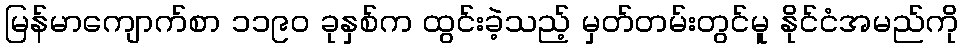
မြန်မာကျောက်စာ ၁၁၉၀ ခုနှစ်က ထွင်းခဲ့သည့် မှတ်တမ်းတွင်မူ နိုင်ငံအမည်ကို